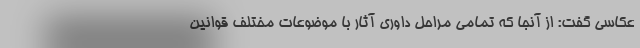
عکاسی گفت: از آنجا که تمامی مراحل داوری آثار با موضوعات مختلف قوانین